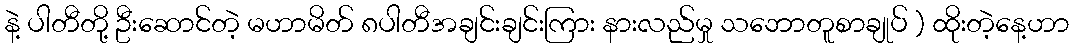
နဲ့ ပါတီတို့ ဦးဆောင်တဲ့ မဟာမိတ် ၈ပါတီအချင်းချင်းကြား နားလည်မှု သဘောတူစာချုပ် ) ထိုးတဲ့နေ့ဟာ